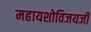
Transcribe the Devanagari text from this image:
महायशोविजयजी